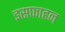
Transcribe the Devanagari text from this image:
इसफाहन